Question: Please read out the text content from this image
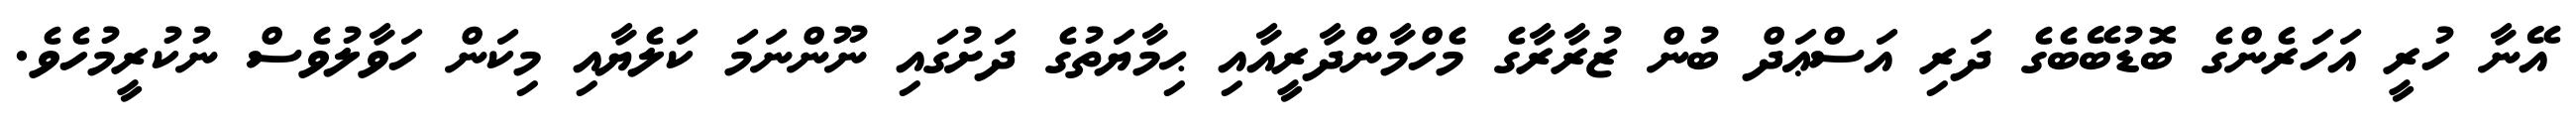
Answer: އޭނާ ހުރީ އަހަރެންގެ ބޮޑުބޭބެގެ ދަރި އަސްޢަދް ބުން ޒުރާރާގެ މެހްމާންދާރީއާއި ޙިމާޔަތުގެ ދަށުގައި ނޫންނަމަ ކަލެޔާއި މިކަން ހަވާލުވެސް ނުކުރީމުހެވެ.